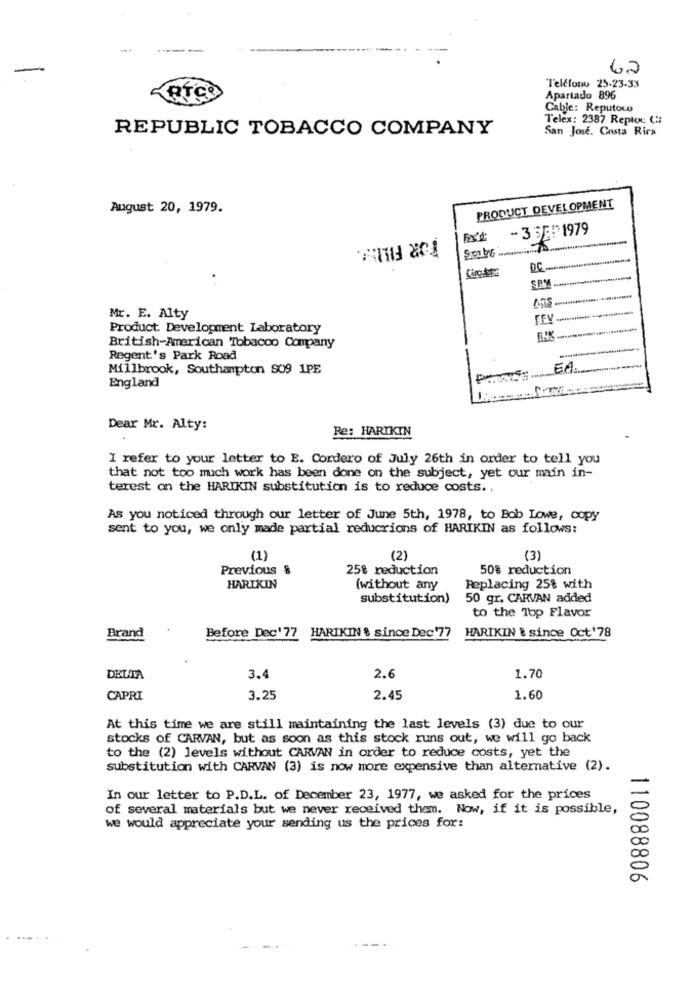
62
Teléfono 25-23-33
ARTEO
Apartado 896
Cable: Reputoco
Telex: 2387 Reptoc C:
REPUBLIC TOBACCO COMPANY
San Jose. Costa Rica
August 20, 1979.
PRODUCT DEVELOPMENT
FOR FILM :.
Rx'd
- 3 1979
DC
SPM
Mr. E. Alty
Product Development Laboratory
British-American Tobacco Company
---
Regent's Park Road
Millbrook, Southampton S09 1PE
EA
England
Dear Mr. Alty:
Re: HARIKIN
I refer to your letter to E. Cordero of July 26th in order to tell you
that not too much work has been done on the subject, yet our main in-
terest on the HARIKIN substitution is to reduce costs .,
As you noticed through our letter of June 5th, 1978, to Bob Lowe, copy
sent to you, we only made partial reductions of HARIKIN as follows:
(1)
(2)
(3)
Previous &
25% reduction
50% reduction
HARIKIN
(without any
Replacing 25% with
substitution)
50 gr. CARVAN added
to the Top Flavor
HARIKIN & since Oct'78
Brand
Before Dec' 77 HARIKIN & since Dec'77
DELTA
3.4
2.6
1.70
CAPRI
3.25
2.45
1.60
At this time we are still maintaining the last levels (3) due to our
stocks of CARVAN, but as soon as this stock runs out, we will go back
to the (2) levels without CARVAN in order to reduce costs, yet the
substitution with CARVAN (3) is now more expensive than alternative (2).
In our letter to P.D.L. of December 23, 1977, we asked for the prices
of several materials but we never received them. Now, if it is possible,
we would appreciate your sending us the prices for:
110088806